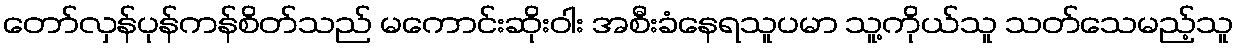
တော်လှန်ပုန်ကန်စိတ်သည် မကောင်းဆိုးဝါး အစီးခံနေရသူပမာ သူ့ကိုယ်သူ သတ်သေမည့်သူ